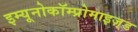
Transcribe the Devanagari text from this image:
इम्यूनोकॉम्प्रोमाइज़्ड